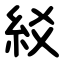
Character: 䋂